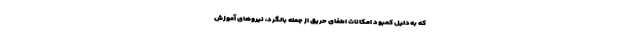
که به‌دلیل کمبود امکانات اطفای حریق از جمله بالگرد، نیروهای آموزش